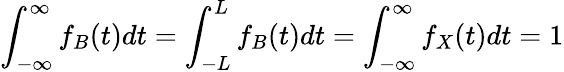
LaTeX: \int_{-\infty}^{\infty}f_{B}(t)dt=\int_{-L}^{L}f_{B}(t)dt=\int_{-\infty}^{\infty}f_{X}(t)dt=1